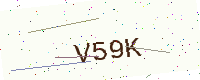
Text: V59K